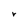
Character: r